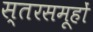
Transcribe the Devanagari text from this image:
स्तरसमूहों